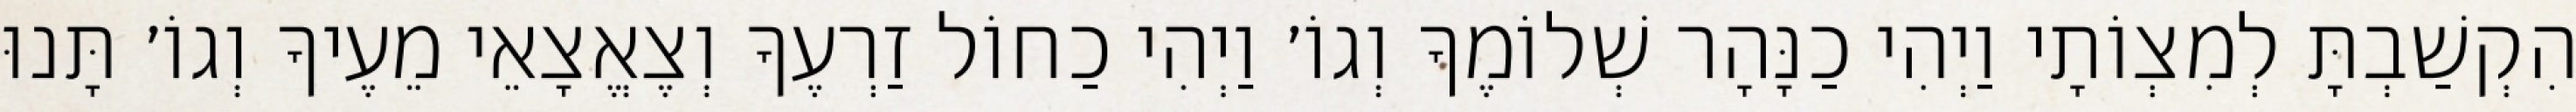
הִקְשַׁבְתָּ לְמִצְוֹתָי וַיְהִי כַנָּהָר שְׁלוֹמֶךָ וְגוֹ׳ וַיְהִי כַחוֹל זַרְעֶךָ וְצֶאֱצָאֵי מֵעֶיךָ וְגוֹ׳ תָּנוּ